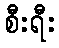
စီးရီး